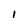
Character: 1